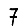
Digit: 7